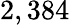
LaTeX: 2,384